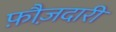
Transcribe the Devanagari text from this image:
फ़ौज़दारी